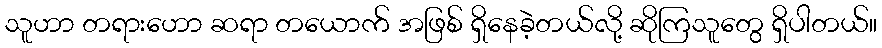
သူဟာ တရားဟော ဆရာ တယောက် အဖြစ် ရှိနေခဲ့တယ်လို့ ဆိုကြသူတွေ ရှိပါတယ်။